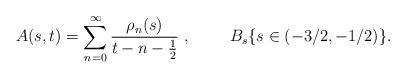
LaTeX: \begin{align*}A(s,t)=\sum_{n=0}^\infty \frac{\rho_n(s)}{t-n-\frac{1}{2}}\ ,\ \ \ \ \ \ \ B_s \{ s \in (-3/2,-1/2) \} .\end{align*}